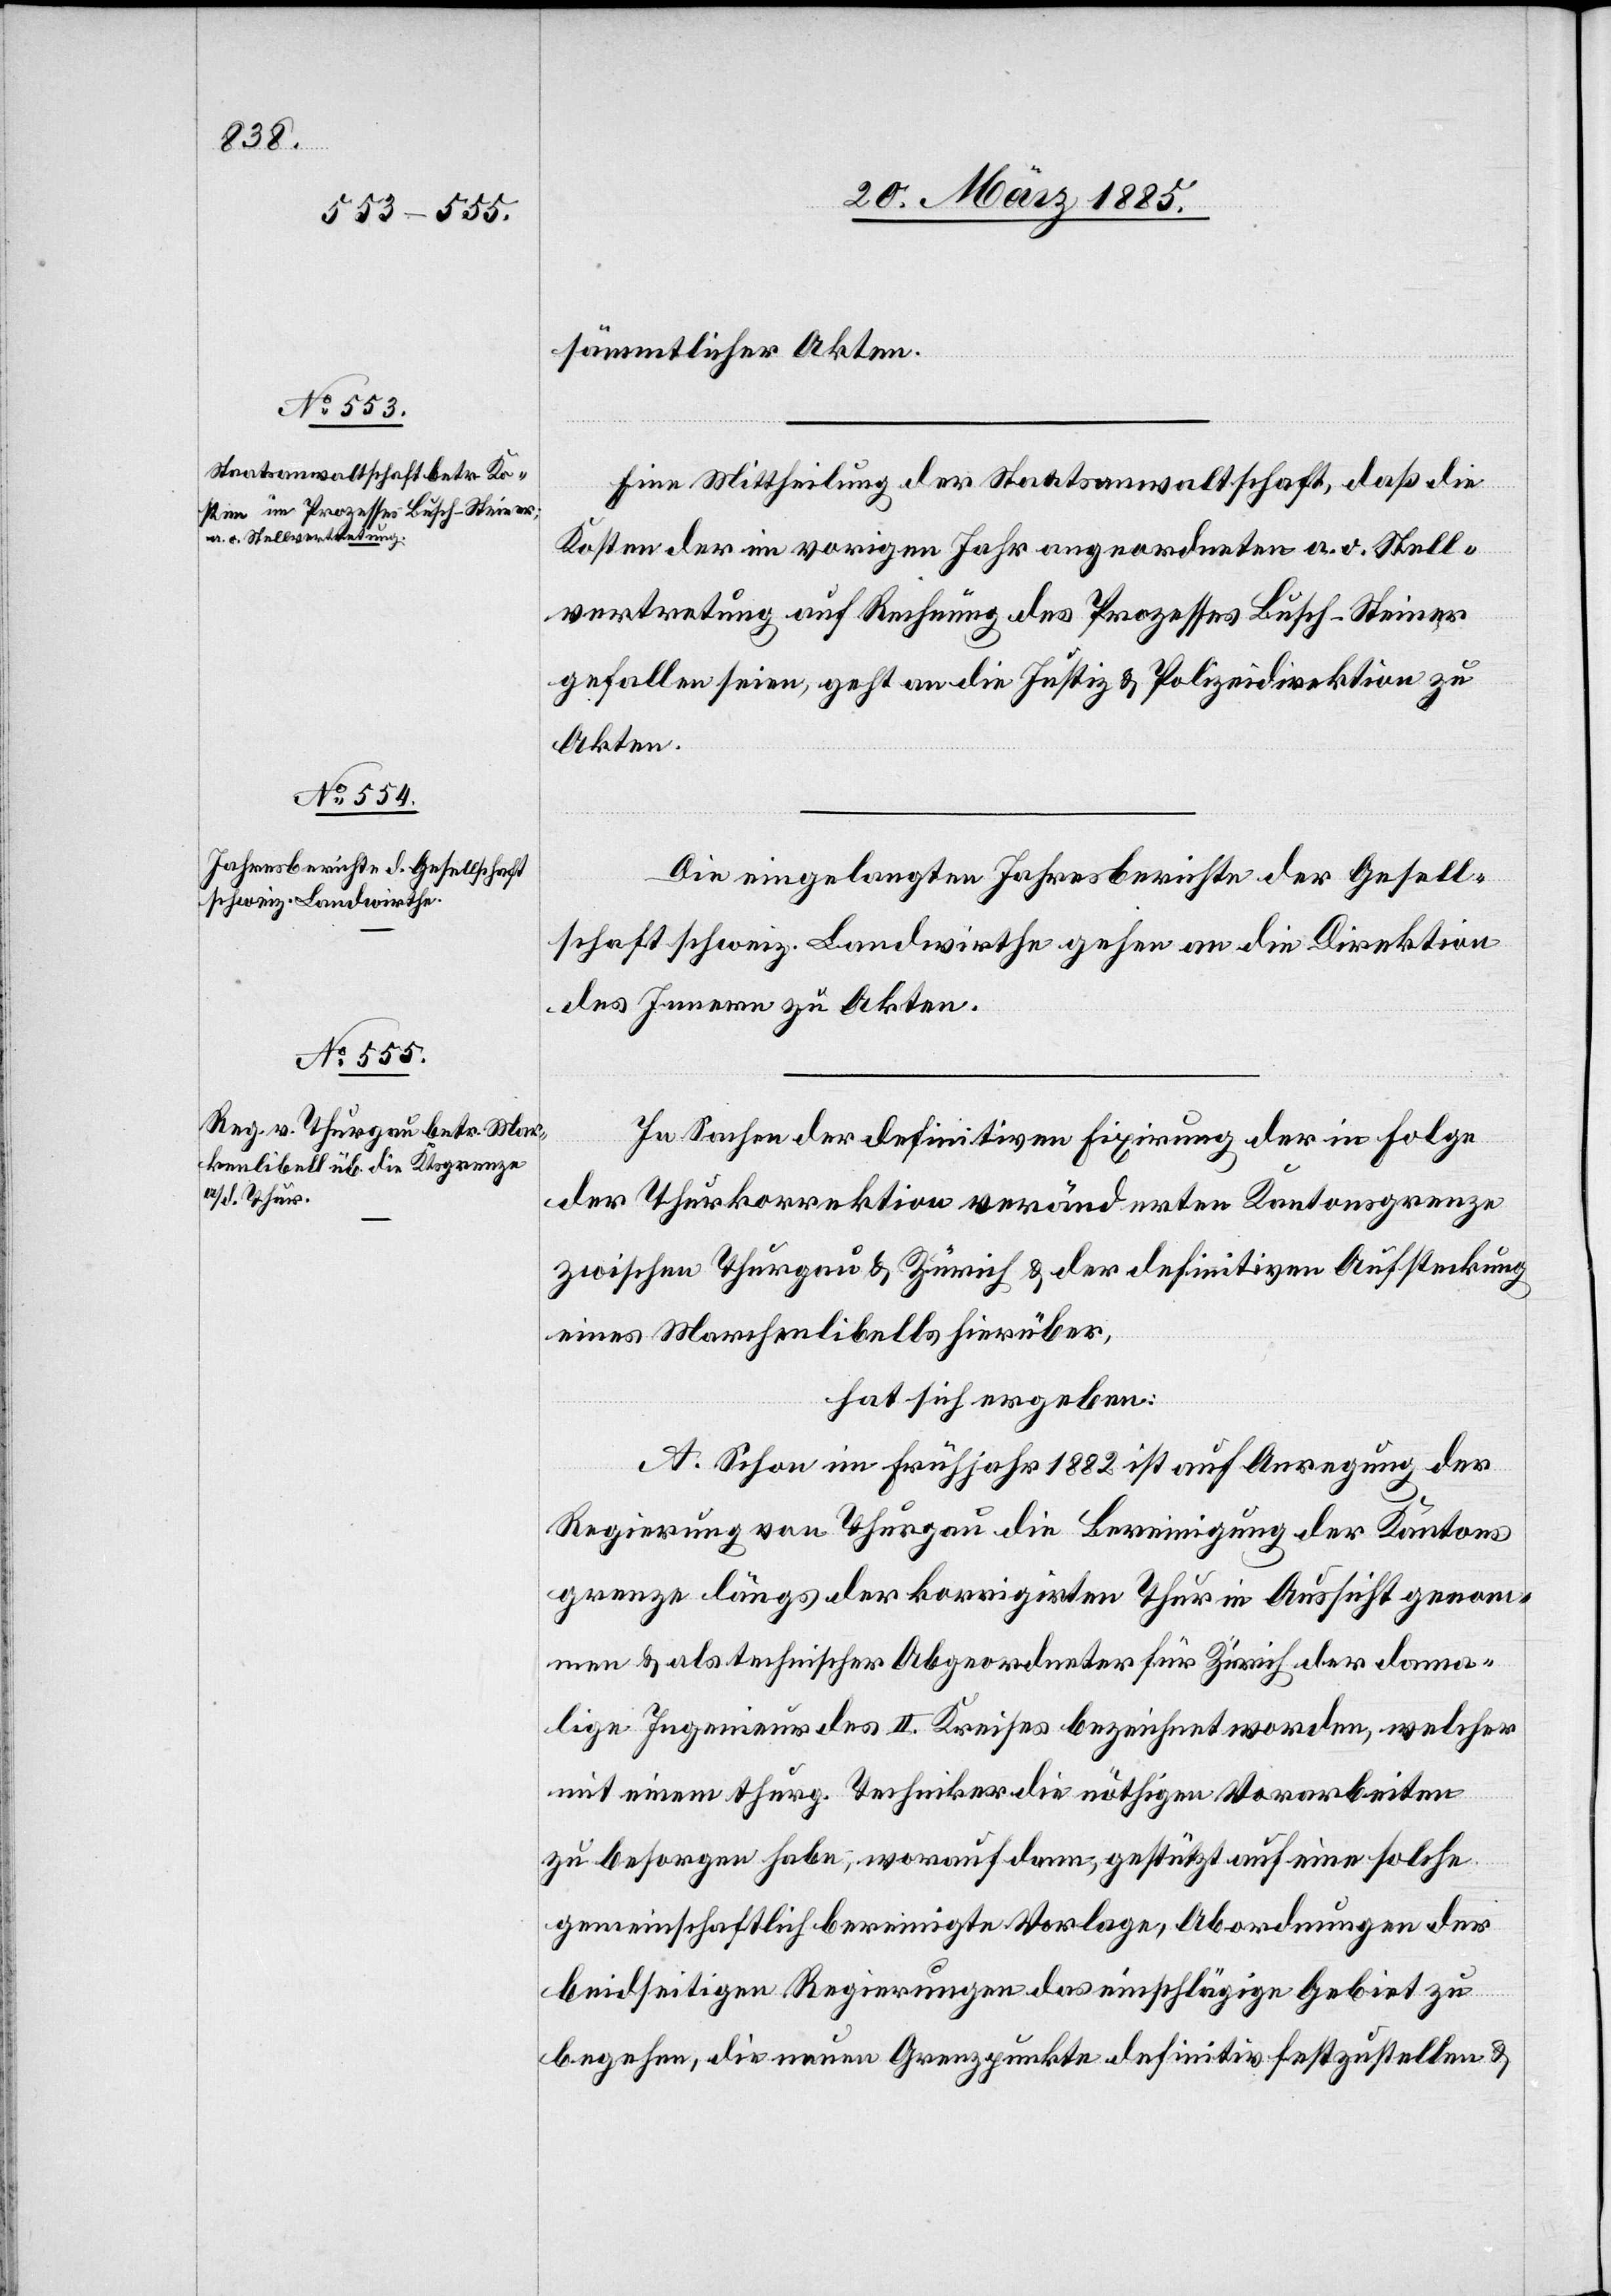
sämmtlicher Akten.
Eine Mittheilung der Staatsanwaltschaft, daß die
Kosten der im vorigen Jahr angeordneten a. o. Stell¬
vertretung auf Rechnung des Prozesses Busch-Steiner
gefallen seien, geht an die Justiz[-] & Polizeidirektion zu
Akten.
Die eingelangten Jahresberichte der Gesell¬
schaft schweiz. Landwirthe gehen an die Direktion
des Innern zu Akten.
In Sachen der definitiven Fixirung der in Folge
der Thurkorrektion veränderten Kantonsgrenze
zwischen Thurgau & Zürich & der definitiven Aufsteckung
eines Marchenlibells [sic!] hierüber,
hat sich ergeben:
A. Schon im Frühjahr 1882 ist auf Anregung der
Regierung von Thurgau die Bereinigung der Kantons¬
grenze längs der korrigirten Thur in Aussicht genom¬
men & als technischer Abgeordneter für Zürich der dama¬
lige Ingenieur des II. Kreises bezeichnet worden, welcher
mit einem thurg. Techniker die nöthigen Vorarbeiten
zu besorgen habe, worauf dann, gestützt auf eine solche
gemeinschaftlich bereinigte Vorlage, Abordnungen der
beidseitigen Regierungen das einschlägige Gebiet zu
begehen, die neuen Grenzpunkte definitiv festzustellen &